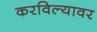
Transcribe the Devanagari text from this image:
करविल्यावर